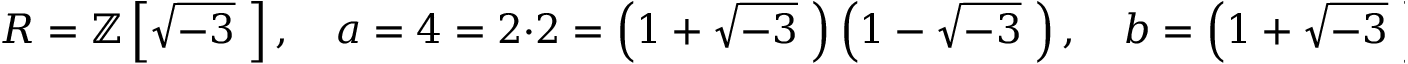
R = \mathbb { Z } \left[ { \sqrt { - 3 } } \, \, \right] , \quad a = 4 = 2 \cdot 2 = \left( 1 + { \sqrt { - 3 } } \, \, \right) \left( 1 - { \sqrt { - 3 } } \, \, \right) , \quad b = \left( 1 + { \sqrt { - 3 } } \, \, \right) \cdot 2 .